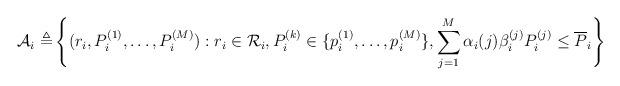
LaTeX: \begin{align*} \mathcal{A}_i\triangleq &\left\lbrace (r_i,P_i^{(1)},\ldots,P_i^{(M)}): r_i \in \mathcal{R}_i, P_i^{(k)}\in \{p_i^{(1)},\ldots,p_i^{(M)}\}, \sum_{j=1}^M \alpha_i(j)\beta_i^{(j)}P_i^{(j)}\leq \overline{P}_i \right\rbrace \end{align*}